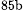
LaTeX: ^\textrm{\scriptsize 85b}